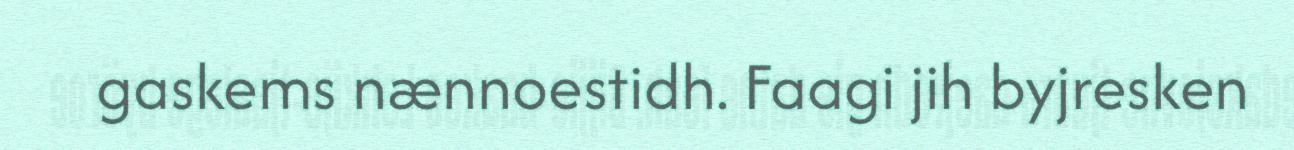
gaskems nænnoestidh. Faagi jih byjresken